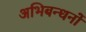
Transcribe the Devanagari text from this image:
अभिबन्धनों